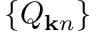
\{ Q _ { { \bf k } n } \}